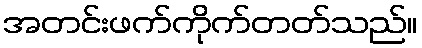
အတင်းဖက်ကိုက်တတ်သည်။